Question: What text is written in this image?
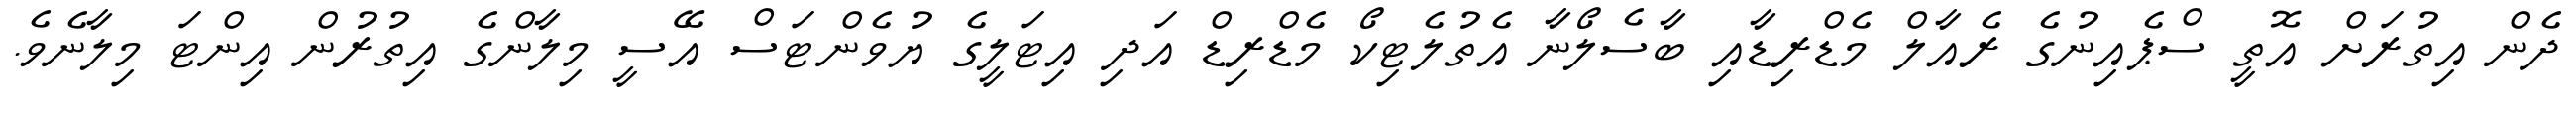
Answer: ދެން އިތުރަށް އޮތީ ސްޕެއިނުގެ ރެއާލް މެޑްރިޑާއި ބާސެލޯނާ އެތުލެޓިކޯ މެޑްރިޑް އަދި އިޓަލީގެ ޔުވެންޓަސް އޭސީ މިލާންގެ އިތުރުން އިންޓަ މިލާނެވެ.